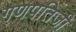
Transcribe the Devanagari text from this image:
गणपतिजी